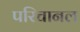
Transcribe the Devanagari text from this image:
परिचानल